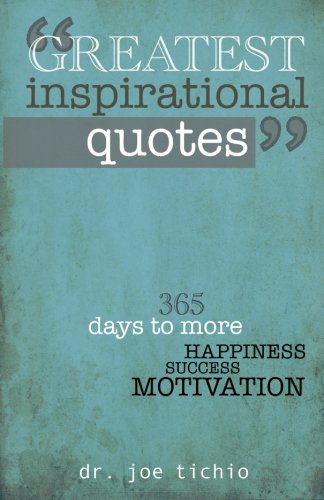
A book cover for Greatest Inspirational Quotes: 365 days to more Happiness, Success, and Motivation; Joe Tichio; Self-Help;